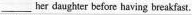
___her daughter before having breakfast.